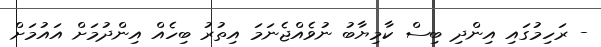
- ރަހިމުގައި އިންދި ބިސް ކާމިޔާބު ނުވެއްޖެނަމަ އިތުރު ބިހެއް އިންދުމަށް އައުމަށް